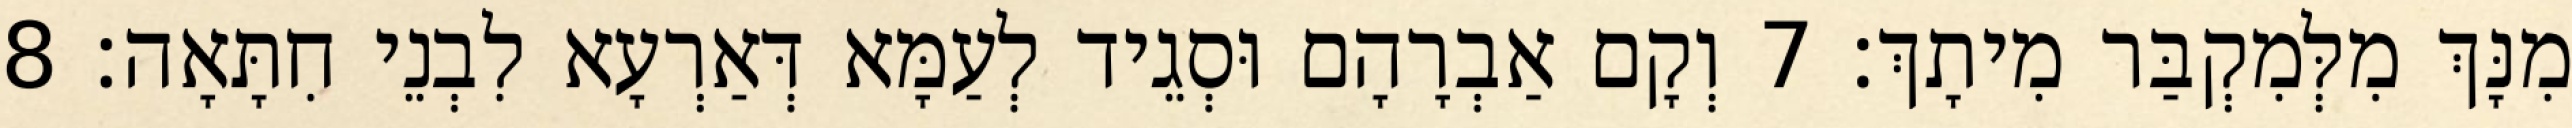
מִנָּךְ מִלְּמִקְבַּר מִיתָךְ׃ 7 וְקָם אַבְרָהָם וּסְגֵיד לְעַמָּא דְּאַרְעָא לִבְנֵי חִתָּאָה׃ 8